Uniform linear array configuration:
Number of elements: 8
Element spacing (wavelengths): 0.75
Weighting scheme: uniform
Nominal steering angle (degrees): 30
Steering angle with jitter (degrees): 31.025
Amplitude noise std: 0.05
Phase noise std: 0.05

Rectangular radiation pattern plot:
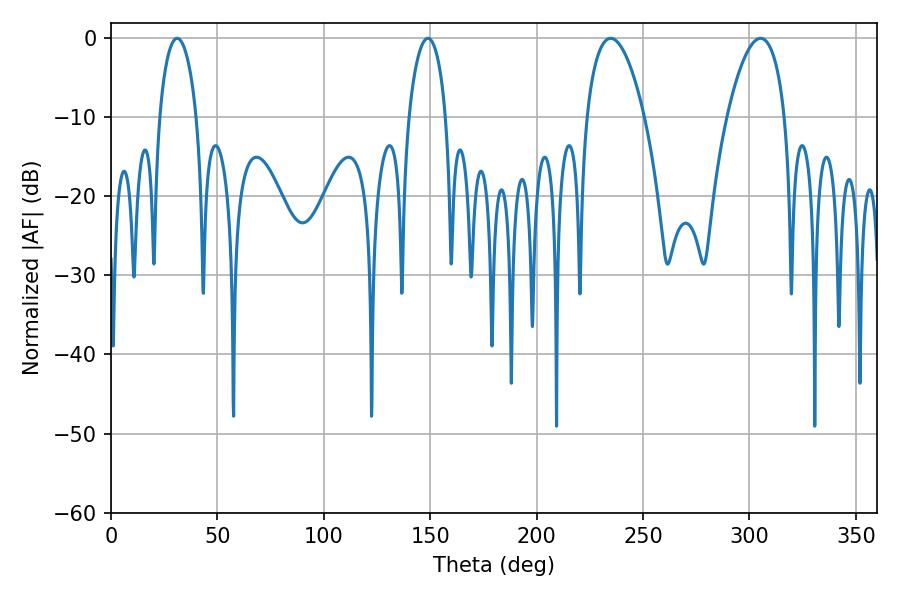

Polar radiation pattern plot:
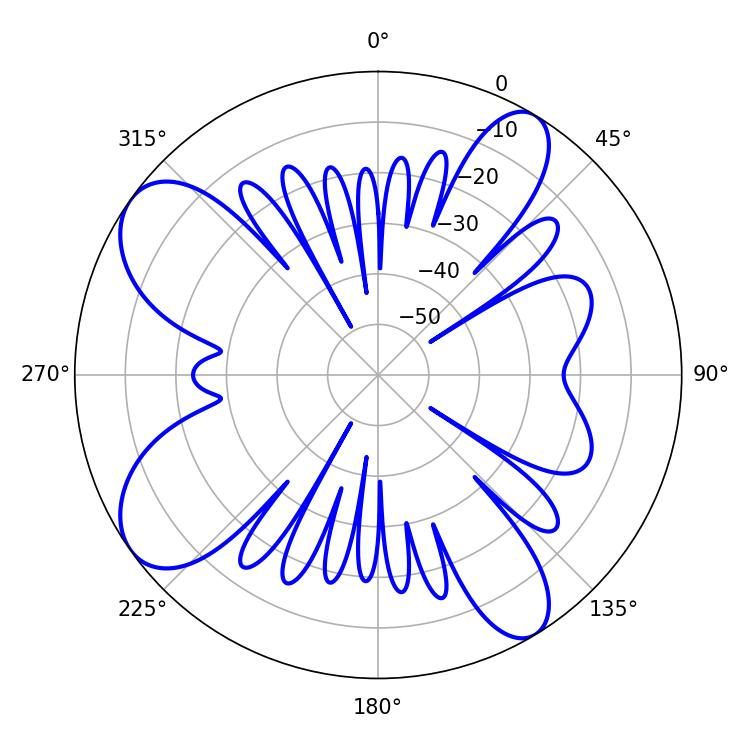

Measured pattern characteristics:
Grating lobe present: TRUE
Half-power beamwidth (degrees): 15.3
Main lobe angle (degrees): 234.72